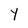
Character: Y